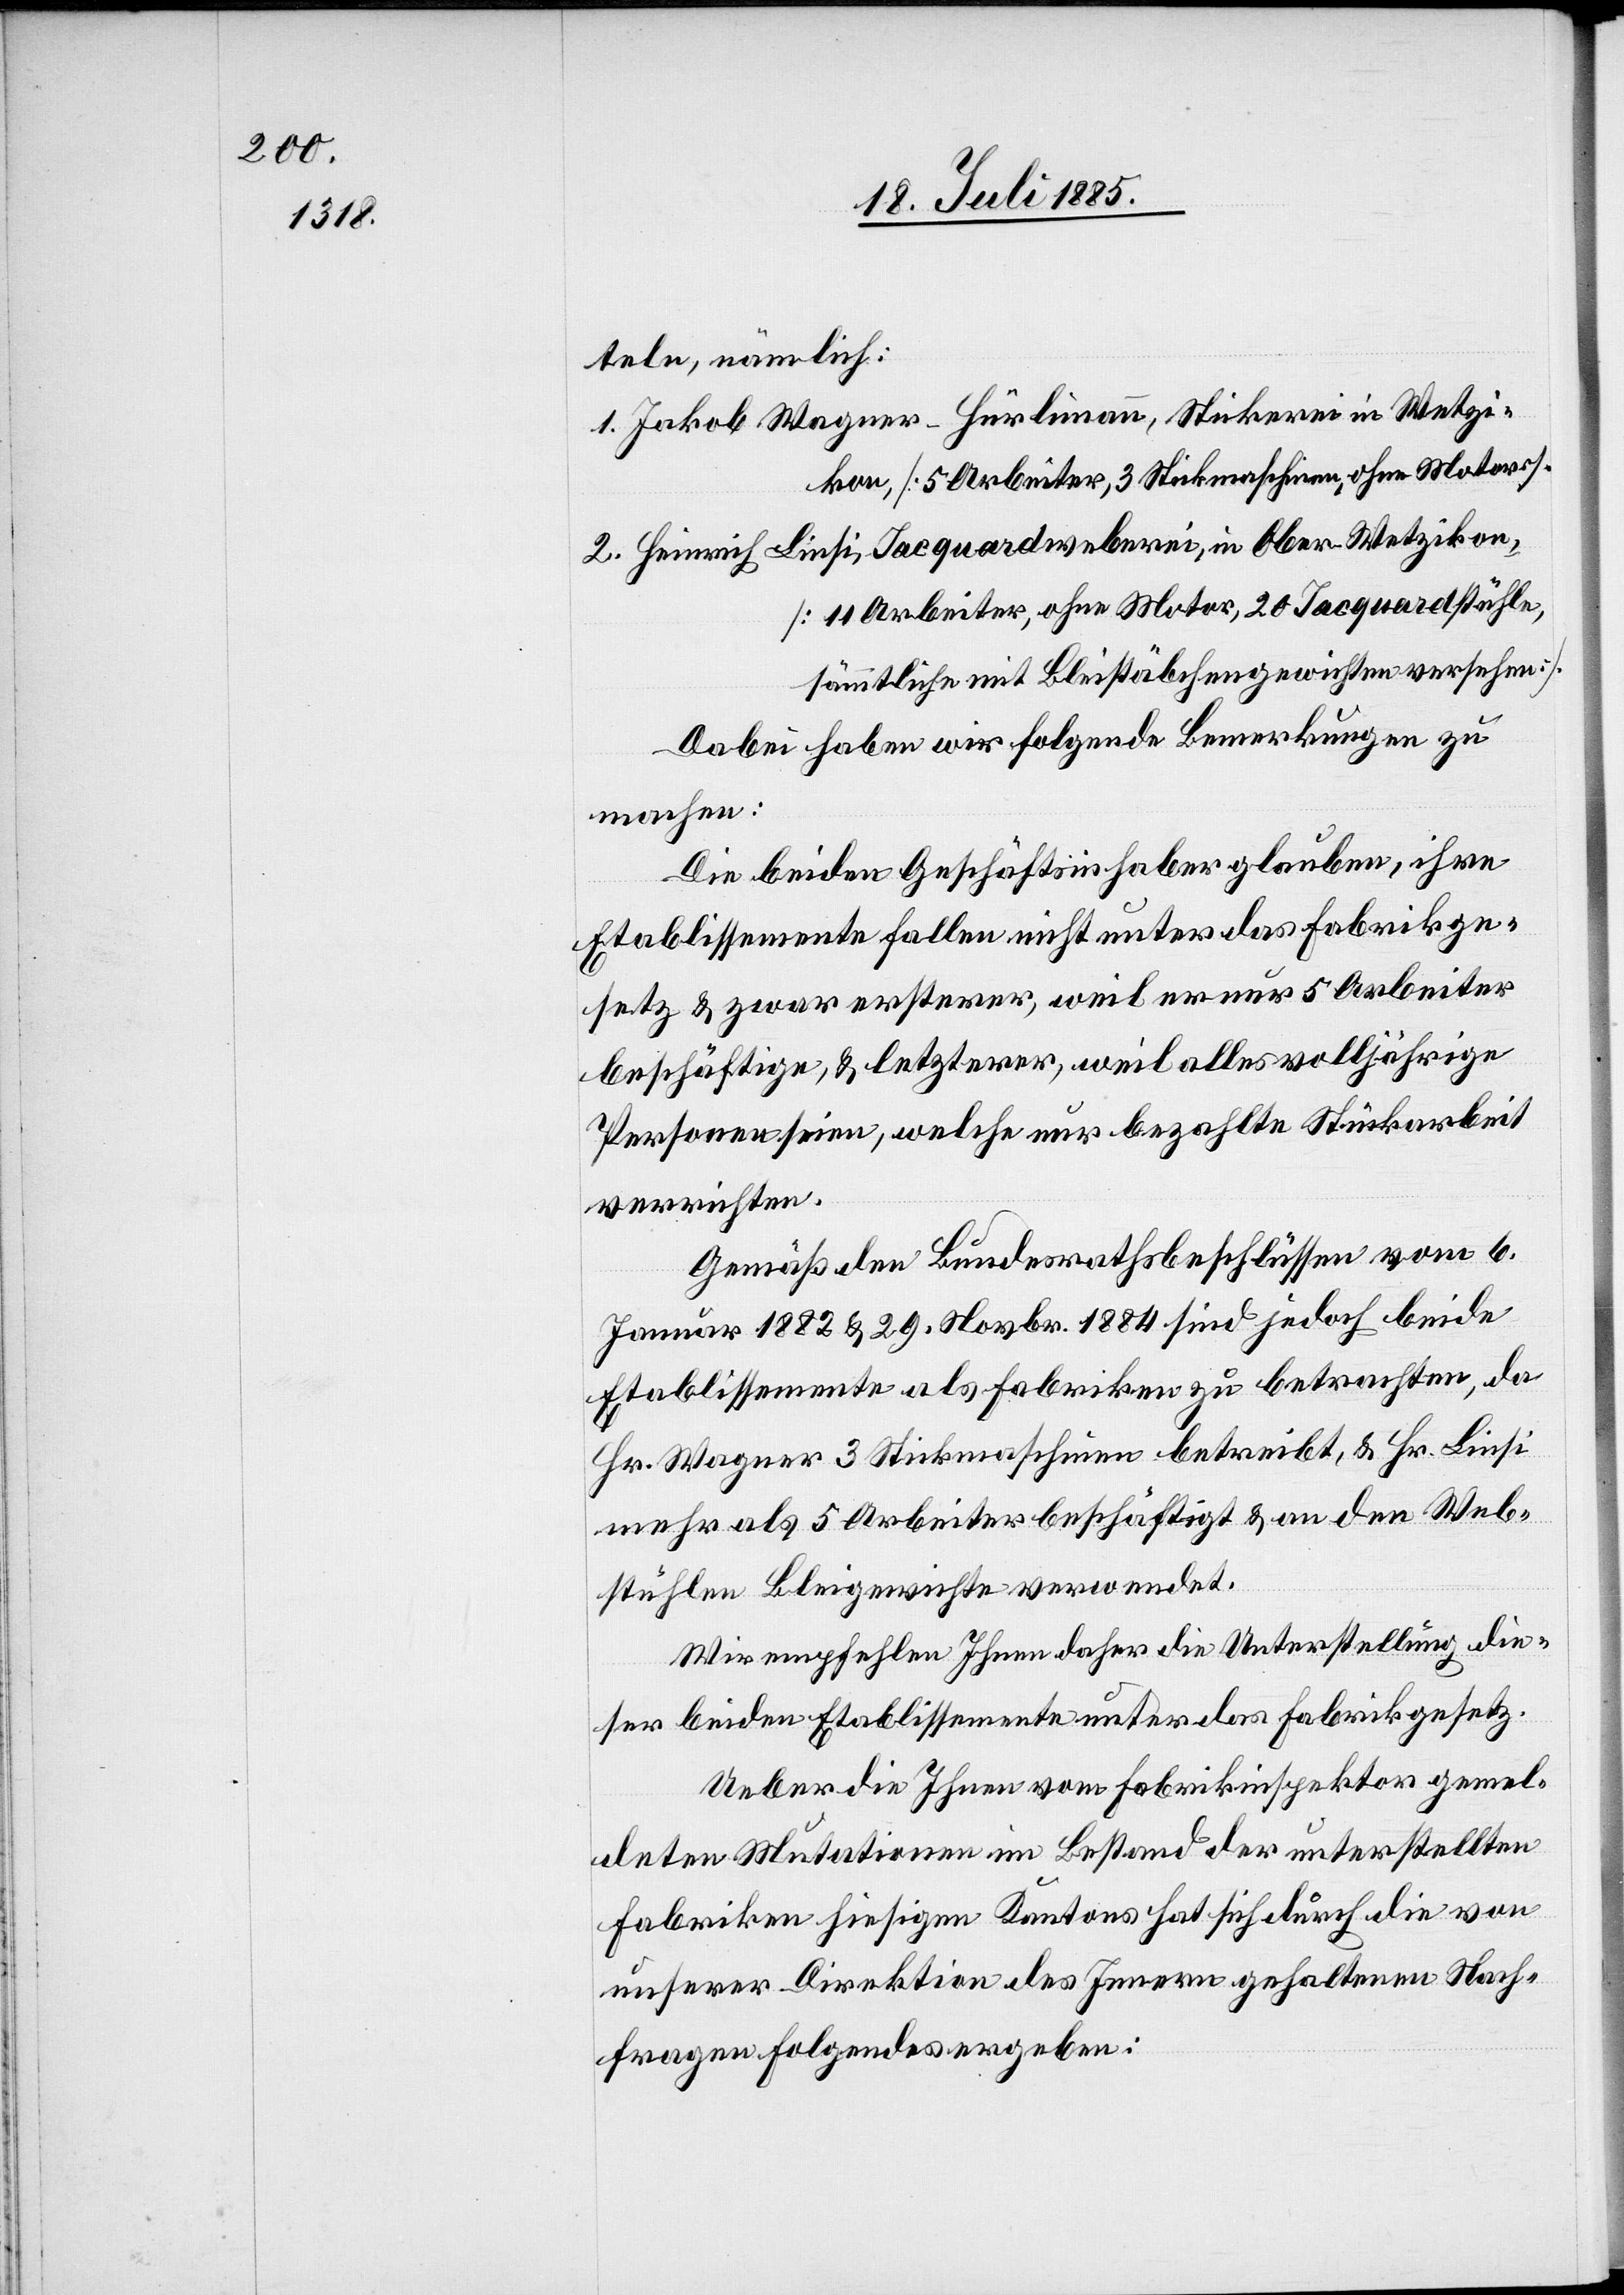
kon,
teln, nämlich:
1. Jakob Wagner-Hürlimann, Stickerei in Wetzi¬
[5 Arbeiter, 3 Stickmaschinen, ohne Motors.]
2. Heinrich Linsi, Jacquardweberei, in Ober-Wetzikon,
[11 Arbeiter, ohne Motor, 20 Jacquardstühle,
sämmtliche mit Bleistäbchengewichten versehen].
Dabei haben wir folgende Bemerkungen zu
machen:
Die beiden Geschäftsinhaber glaubten, ihre
Etablissemente fallen nicht unter das Fabrikge¬
setz & zwar ersterer, weil er nur 5 Arbeiter
beschäftige, & letzterer, weil alles volljährige
Personen seien, welche nur bezahlte Stückarbeit
verrichten.
Gemäß den Bundesrathsbeschlüssen vom 6.
Januar 1882 & 29. Novbr. 1884 sind jedoch beide
Etablissemente als Fabriken zu betrachten, da
Hr. Wagner 3 Stickmaschinen betreibt, & Hr. Linsi
mehr als 5 Arbeiter beschäftigt & an den Web¬
stühlen Bleigewichte verwendet.
Wir empfehlen Ihnen daher die Unterstellung die¬
ser beiden Etablissemente unter das Fabrikgesetz.
Ueber die Ihnen vom Fabrikinspektor gemel¬
deten Mutationen im Bestand der unterstellten
Fabriken hiesigen Kantons hat sich durch die von
unserer Direktion des Innern gehaltenen Nach¬
fragen Folgendes ergeben: